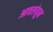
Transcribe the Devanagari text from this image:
आवलंबून